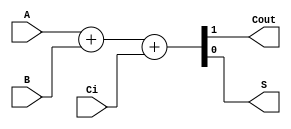
module sum1bcc (A, B, Ci,Cout,S); //NOMBRE DEL MDULO
   
  //DEFINIMOS ENTRADAS
  input  A;
  input  B;
  input  Ci;
  //DEFINIMOS SALIADAS
  output Cout;
  output S;
  
  //ALMACENAMOS LOS DATOS EN UN REGISTRO
  reg [1:0] st;
  assign S = st[0];
  assign Cout = st[1];

  always @ ( * ) begin
  	st  = 	A+B+Ci;
  end
  
endmodule